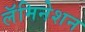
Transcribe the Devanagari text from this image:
लॅमिनेशन